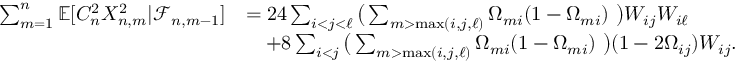
\begin{array} { r l } { \sum _ { m = 1 } ^ { n } \mathbb { E } [ C _ { n } ^ { 2 } X _ { n , m } ^ { 2 } | \mathcal { F } _ { n , m - 1 } ] } & { = 2 4 \sum _ { i < j < \ell } \big ( \sum _ { m > \operatorname* { m a x } ( i , j , \ell ) } \Omega _ { m i } ( 1 - \Omega _ { m i } ) \, \, \big ) W _ { i j } W _ { i \ell } } \\ & { \quad + 8 \sum _ { i < j } \big ( \sum _ { m > \operatorname* { m a x } ( i , j , \ell ) } \Omega _ { m i } ( 1 - \Omega _ { m i } ) \, \, \big ) ( 1 - 2 \Omega _ { i j } ) W _ { i j } . } \end{array}